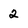
Character: 2